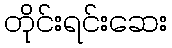
တိုင်းရင်းဆေး